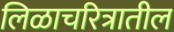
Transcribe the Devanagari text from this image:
लिळाचरित्रातील